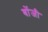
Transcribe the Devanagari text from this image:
बोंजी